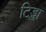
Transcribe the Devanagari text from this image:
टिड्डा